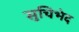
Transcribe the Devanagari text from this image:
सुचिभेद